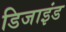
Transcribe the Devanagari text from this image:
डिजाइंड